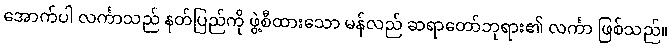
အောက်ပါ လင်္ကာသည် နတ်ပြည်ကို ဖွဲ့စီထားသော မန်လည် ဆရာတော်ဘုရား၏ လင်္ကာ ဖြစ်သည်။